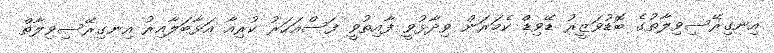
އިނގިރޭސިވިލާތުގެ ބޮޑުވަޒީރު ޑޭވިޑް ކެމަރަން ވިދާޅުވީ ފާއިތުވީ ފަސްއަހަރު ކުރިއާ އަޅާބަލާއިރު އިނގިރޭސިވިލާތް